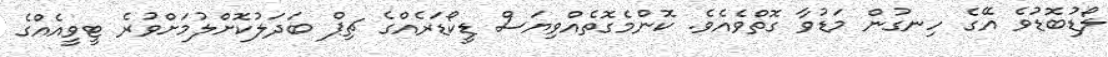
ލޯޑުބޮޑުވެ އޭގެ ހިނގުން މަޑުވާ ގޮތްވެއެވެ. ކޮންމެގޮތެއްވިޔަސް ޑީކޯޑަރެއްގެ ޗިޕް ބަދަލުކޮށްލުމަށްވުރެ ޓީވީއެއްގެ